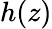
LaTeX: h(z)